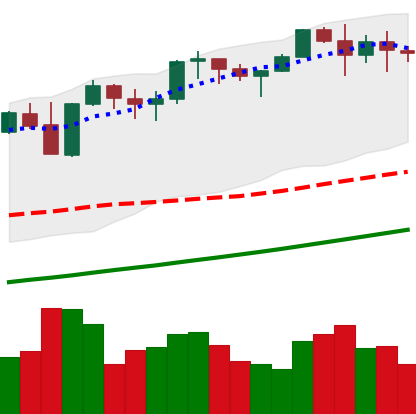
Ticker: ETH-USD
Chart end date: 2021-11-13
Forward return: -13.991%
Label: down_7plus